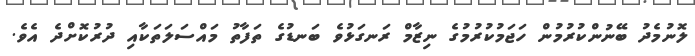
ލޮނުމެދު ބޭނުންކުރުމުން ހަޖަމުކުރުމުގެ ނިޒާމް ރަނގަޅުވެ ބަނޑުގެ ތަފާތު މައްސަލަތަކާއި ދުރުކޮށްދެ އެެވެ.